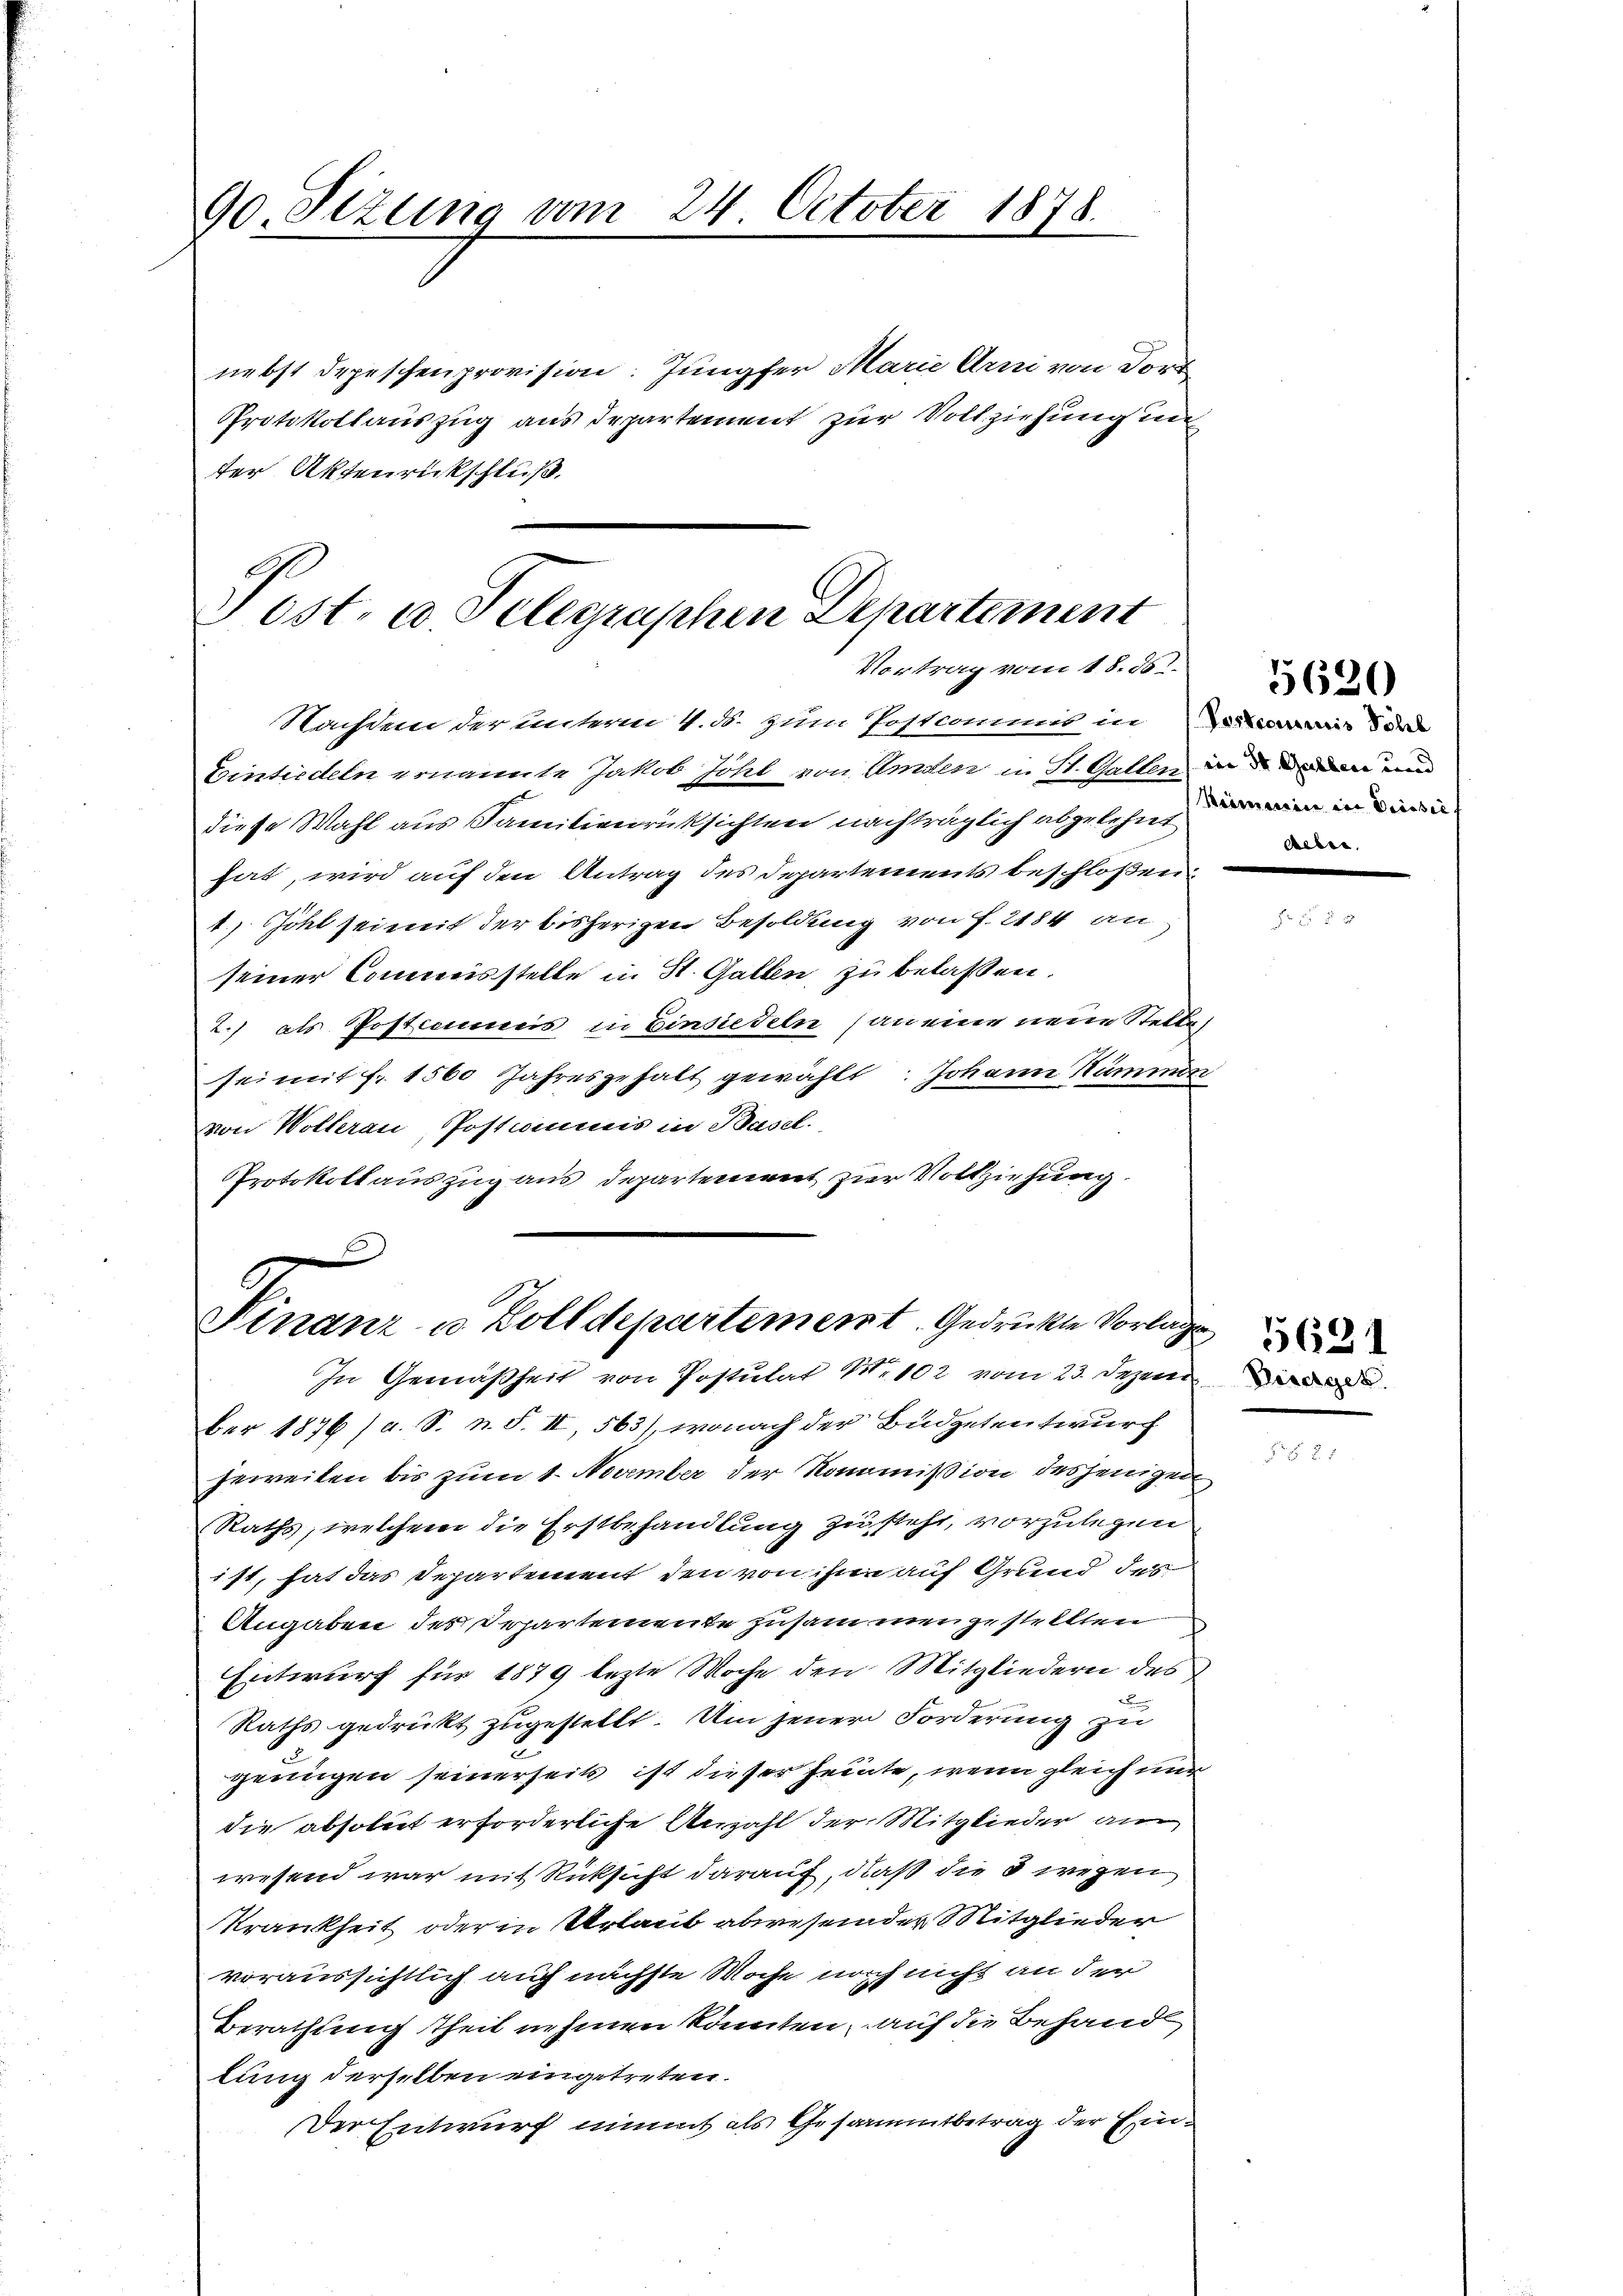
90. Sizung vom 24. October 1878.

nebst Depeschenprovision: Jungfer Marie Arni von Dort
Protokollauszug aus Departement zur Vollziehung un
der Aktenrückschluß.

Post- u Telegraphen Departement
Vortrag vom 18. ds.

Finanz in Zolldepartement. Gedrückte Vorlage
In Gemäßheit von Postulat Nr. 102 vom 23. Dezem

Nachdem der unterm 4. ds. zum Postcommis in Zeits der
Einsiedeln ernannte Jakob Jöhl von Amden in St. Gallen den und
diese Wahl aus Familienrücksichten nachträglich abgelehnt, die in in darin
hat, wird auf den Antrag des Departements beschloßen:
1.) Jöhl sei mit der bisherigen Besoldung von f. 2184 an
seiner Commisstelle in St. Gallen, zu belassen.
2.) als Postcommis in Einsiedeln (an eine neue Stelle
fei mit f. 1560 Jahresgehalt gewählt: Johann Kummen
von Wollerau, Postimmis in Basel.
Protokollauszug aus Departement zur Vollziehung.

ber 1876 (a. S. n. F. II, 563), wonach der Budgetentwurf
jeweiten bis zum 1. November der Kommission desjenigen
Raths, welchem die Erstbehandlung zu steht, vorzulegen
171, hat das Departement den von ihne auf Grund des
Angaben des Departemente zusammengestellten
Entwurf für 1879 lezte Woche den Mitgliedern des
2
Raths gedrückt zugestellt. Um jener Forderung zu
.
genügen seinerseits ist dieser heinte, wenn gleich nur
die absolut erforderliche Anzahl der Mitglieder an
wesend war mit Rücksicht darauf, daß die 3 wegen
Krankheit oder in Urlaub abwesender Mitglieder
voraussichtlich auch nächste Woche noch nicht an der
Berachtung theil nehmen könnten, auf die Behandl
lung derselben eingetreten.
Der Entwurf nimmt als Gesammtbetrag der Ein¬

5620

Deichgek